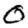
Digit: 0